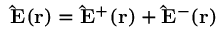
{ \bf \hat { E } ( { \bf r } ) } = { \bf \hat { E } ^ { + } ( { \bf r } ) } + { \bf \hat { E } ^ { - } ( { \bf r } ) }